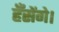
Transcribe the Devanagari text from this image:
हँसेंगे।